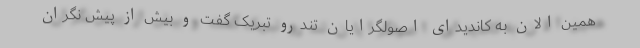
همین الان به کاندیدای اصولگرایان تندرو تبریک گفت و بیش از پیش نگران